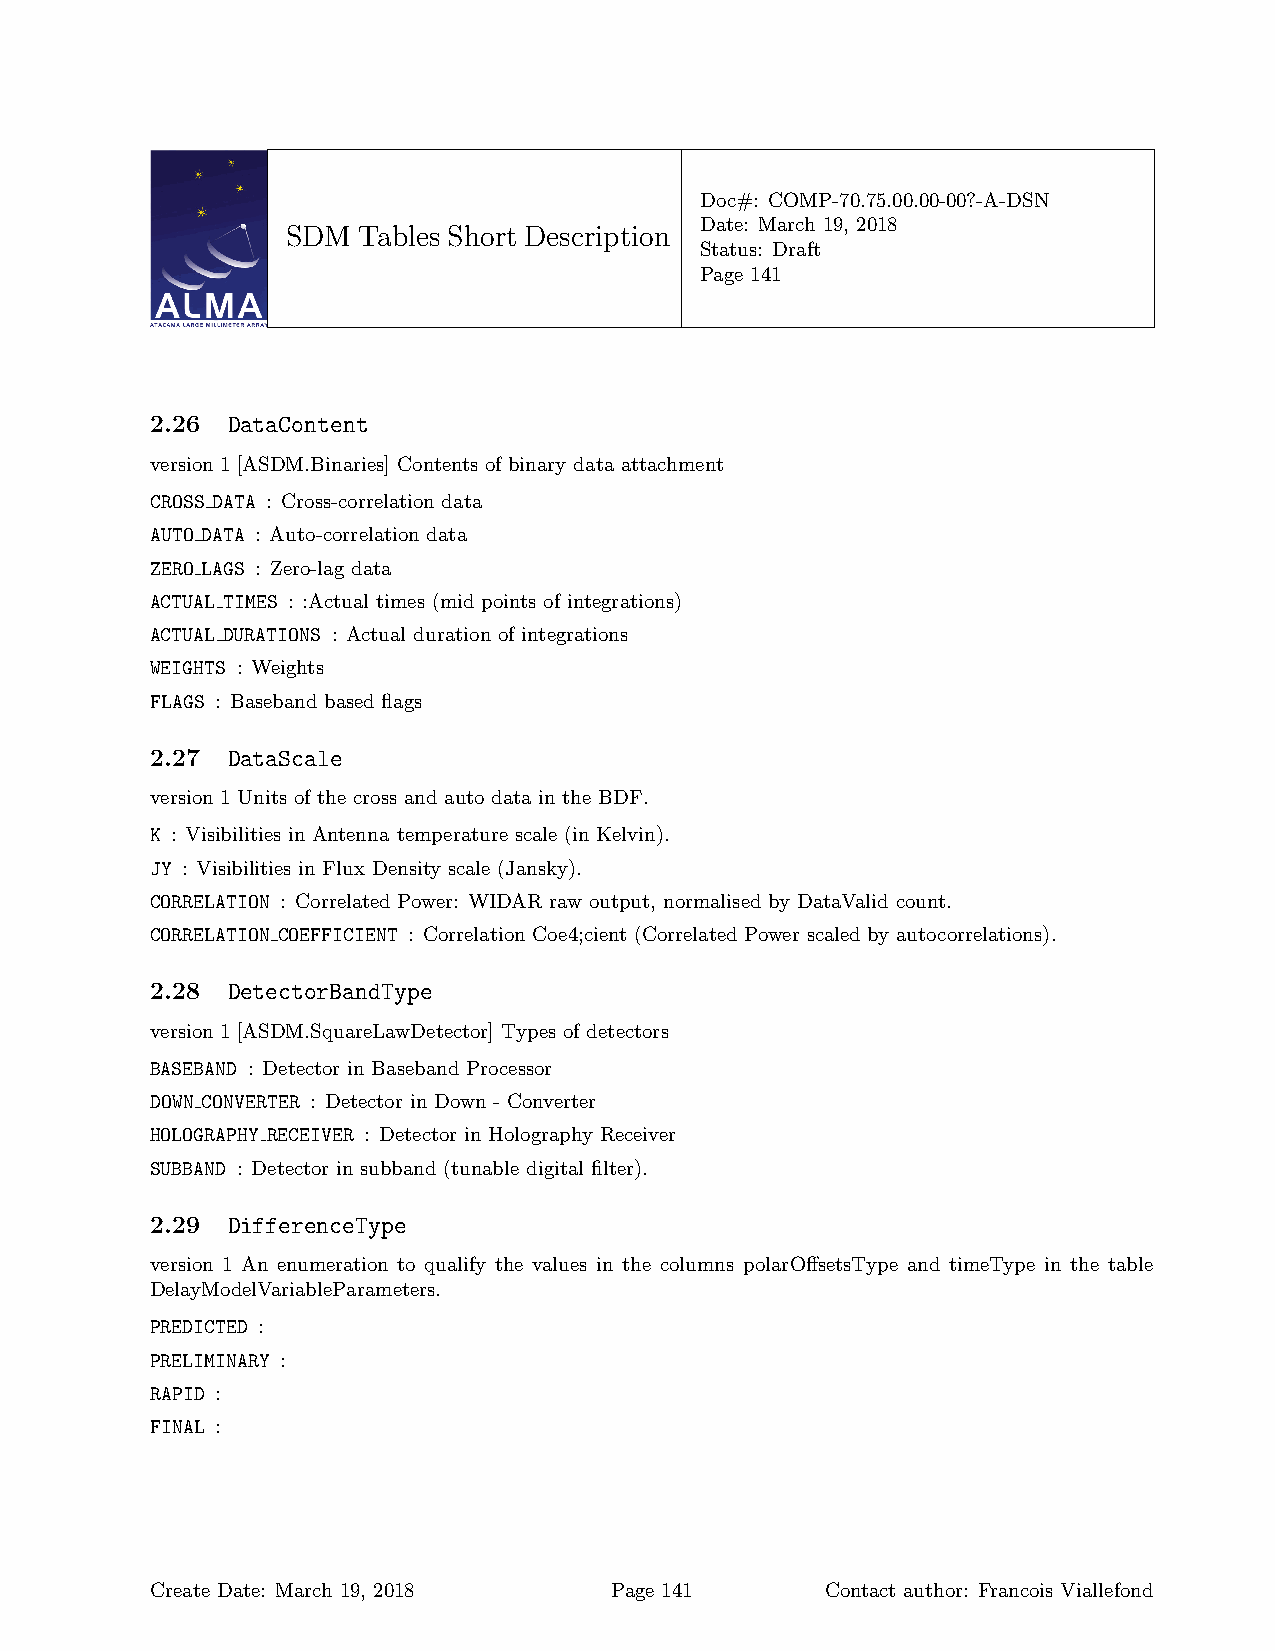
Doc#: COMP-70.75.00.00-00?-A-DSN
 Date: March 19, 2018
 SDM  Tables Short Description
 Status: Draft
 Page 141
 2.26 DataContent
 version 1 [ASDM.Binaries] Contents of binary data attachment
 CROSS DATA : Cross-correlation data
 AUTO DATA : Auto-correlation data
 ZERO LAGS : Zero-lag data
 ACTUAL TIMES : :Actual times (mid points of integrations)
 ACTUAL DURATIONS : Actual duration of integrations
 WEIGHTS : Weights
 FLAGS : Baseband based flags
 2.27 DataScale
 version 1 Units of the cross and auto data in the BDF.
 K : Visibilities in Antenna temperature scale (in Kelvin).
 JY : Visibilities in Flux Density scale (Jansky).
 CORRELATION : Correlated Power: WIDAR raw output, normalised by DataValid count.
 CORRELATION COEFFICIENT : Correlation Coe4;cient (Correlated Power scaled by autocorrelations).
 2.28 DetectorBandType
 version 1 [ASDM.SquareLawDetector] Types of detectors
 BASEBAND : Detector in Baseband Processor
 DOWN CONVERTER : Detector in Down - Converter
 HOLOGRAPHY RECEIVER : Detector in Holography Receiver
 SUBBAND : Detector in subband (tunable digital filter).
 2.29 DifferenceType
 version 1 An enumeration to qualify the values in the columns polarOffsetsType and timeType in the table
 DelayModelVariableParameters.
 PREDICTED :
 PRELIMINARY :
 RAPID :
 FINAL :
 Create Date: March 19, 2018   Page 141       Contact author: Francois Viallefond